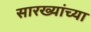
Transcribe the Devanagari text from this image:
सारख्यांच्या